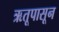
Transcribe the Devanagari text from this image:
ऋतूपासून